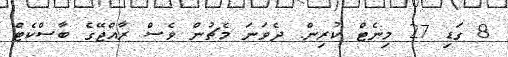
8 ގަޑި 27 މިނެޓް ކުރިން. ދެވަނަ މެޗުން ވެސް ރާއްޖޭގެ ބާސްކެޓް